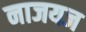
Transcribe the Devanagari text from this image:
नाजयज